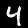
Label: 4